Annual administration report of the Civil Veterinary Department of India - 1895-1896
Year: 1895
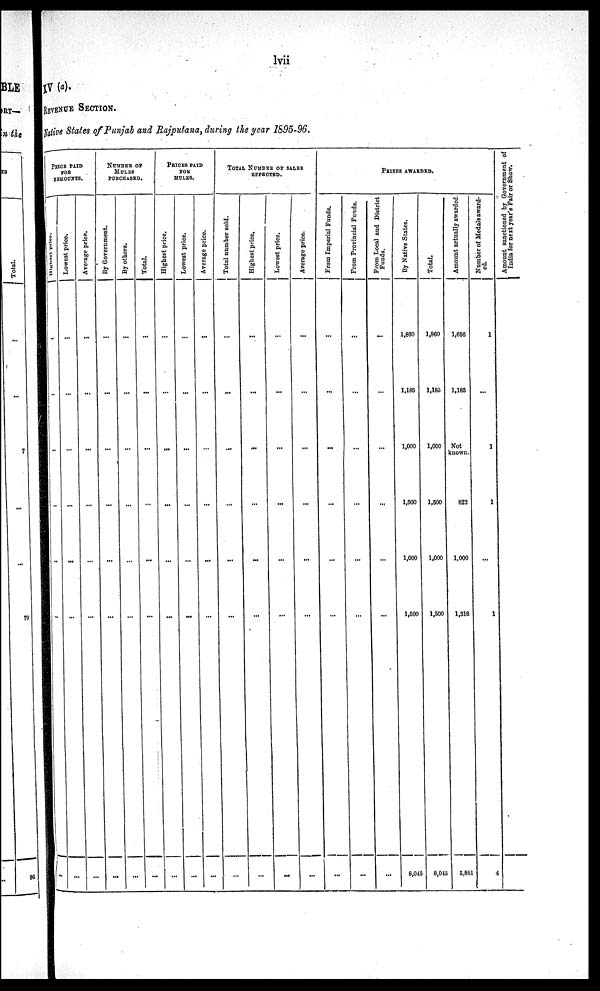
lvii
IV (a).
REVENUE SECTION.
Native States of Punjab and Rajputana, during the year 1595-96.
PRICE PAID
FOR
REMOUNTS.
Highest price.
...
...
...
...
Lowest price.
...
...
...
...
...
...
...
Average price.
...
...
...
...
...
...
...
NUMBER OF
MULES
PURCHASED.
By Government.
...
...
...
...
...
...
...
By others.
...
...
...
...
...
...
...
Total.
...
...
...
...
...
...
...
PRICES PAID
FOR
MULES.
Highest price.
...
...
...
...
...
...
...
Lowest price.
...
...
...
...
...
...
...
Average price.
...
...
... ...
...
...
...
...
TOTAL NUMBER OF SALES
EFFECTED.
Total number sold.
...
...
...
...
...
...
...
Highest price.
...
...
...
...
...
...
...
Lowest price.
...
...
...
...
...
...
...
Average price.
...
...
...
...
...
...
...
PRIZES AWARDED.
From Imperial Funds.
...
...
...
...
...
...
...
From Provincial Funds.
...
...
...
...
...
...
...
From Local and District
Funds.
...
...
...
...
...
...
By Native States.
1,800
1,185
1,000
1,500
1,000
1,500
8,045
Total.
1,860
1,185
1,000
1,500
1,000
1,500
8,045
Amount actually awarded.
1,656
1,185
Not
known.
822
1,000
1,218
5,881
Number of Medals award-
ed.
1
...
1
1
...
1
4
Amount sanctioned by Government of
India for next year's Fair or Show.
...
...
...